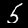
Digit: 5